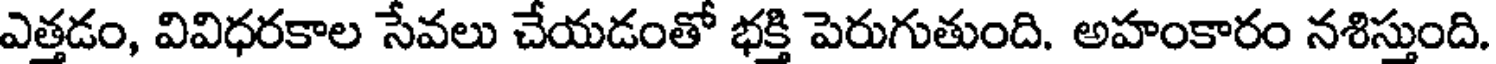
ఎత్తడం, వివిధరకాల సేవలు చేయడంతో భక్తి పెరుగుతుంది. అహంకారం నశిస్తుంది